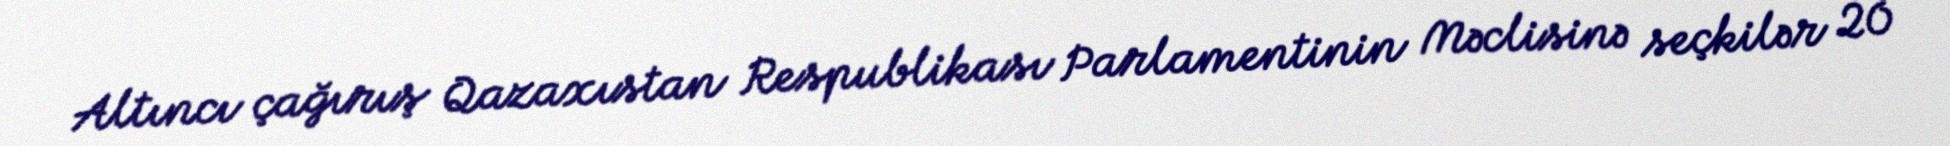
Altıncı çağırış Qazaxıstan Respublikası Parlamentinin Məclisinə seçkilər 20